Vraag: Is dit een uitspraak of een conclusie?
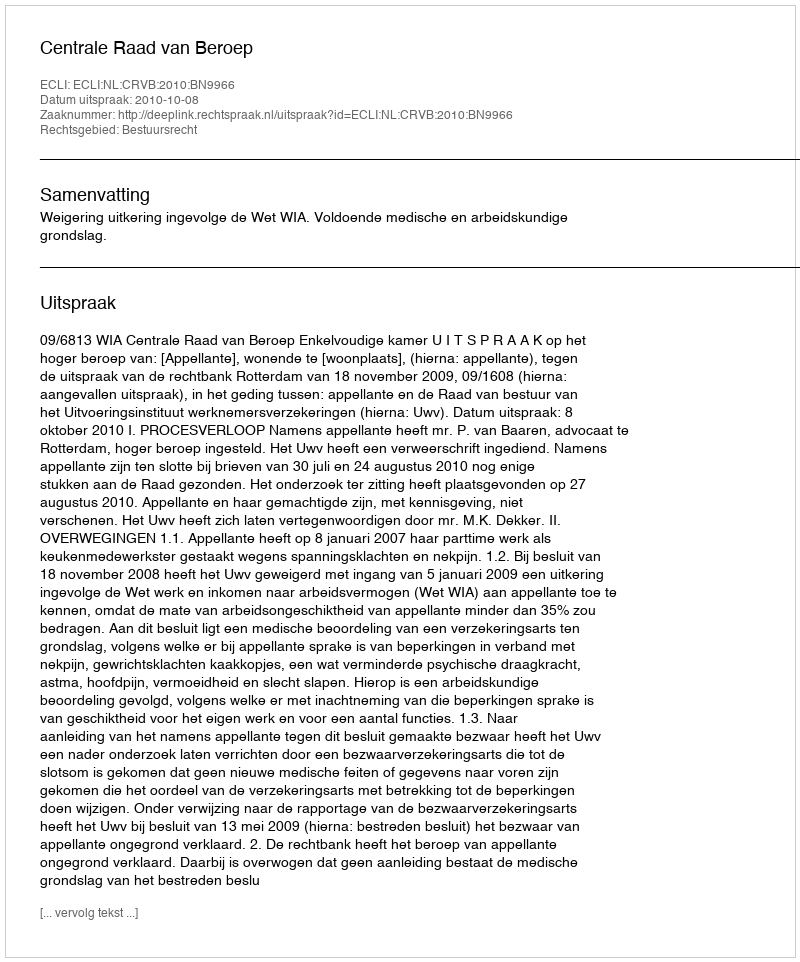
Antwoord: Uitspraak